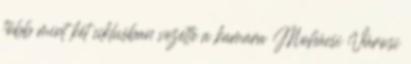
több mint két ciklusban vezette a kamara Mohácsi Városi